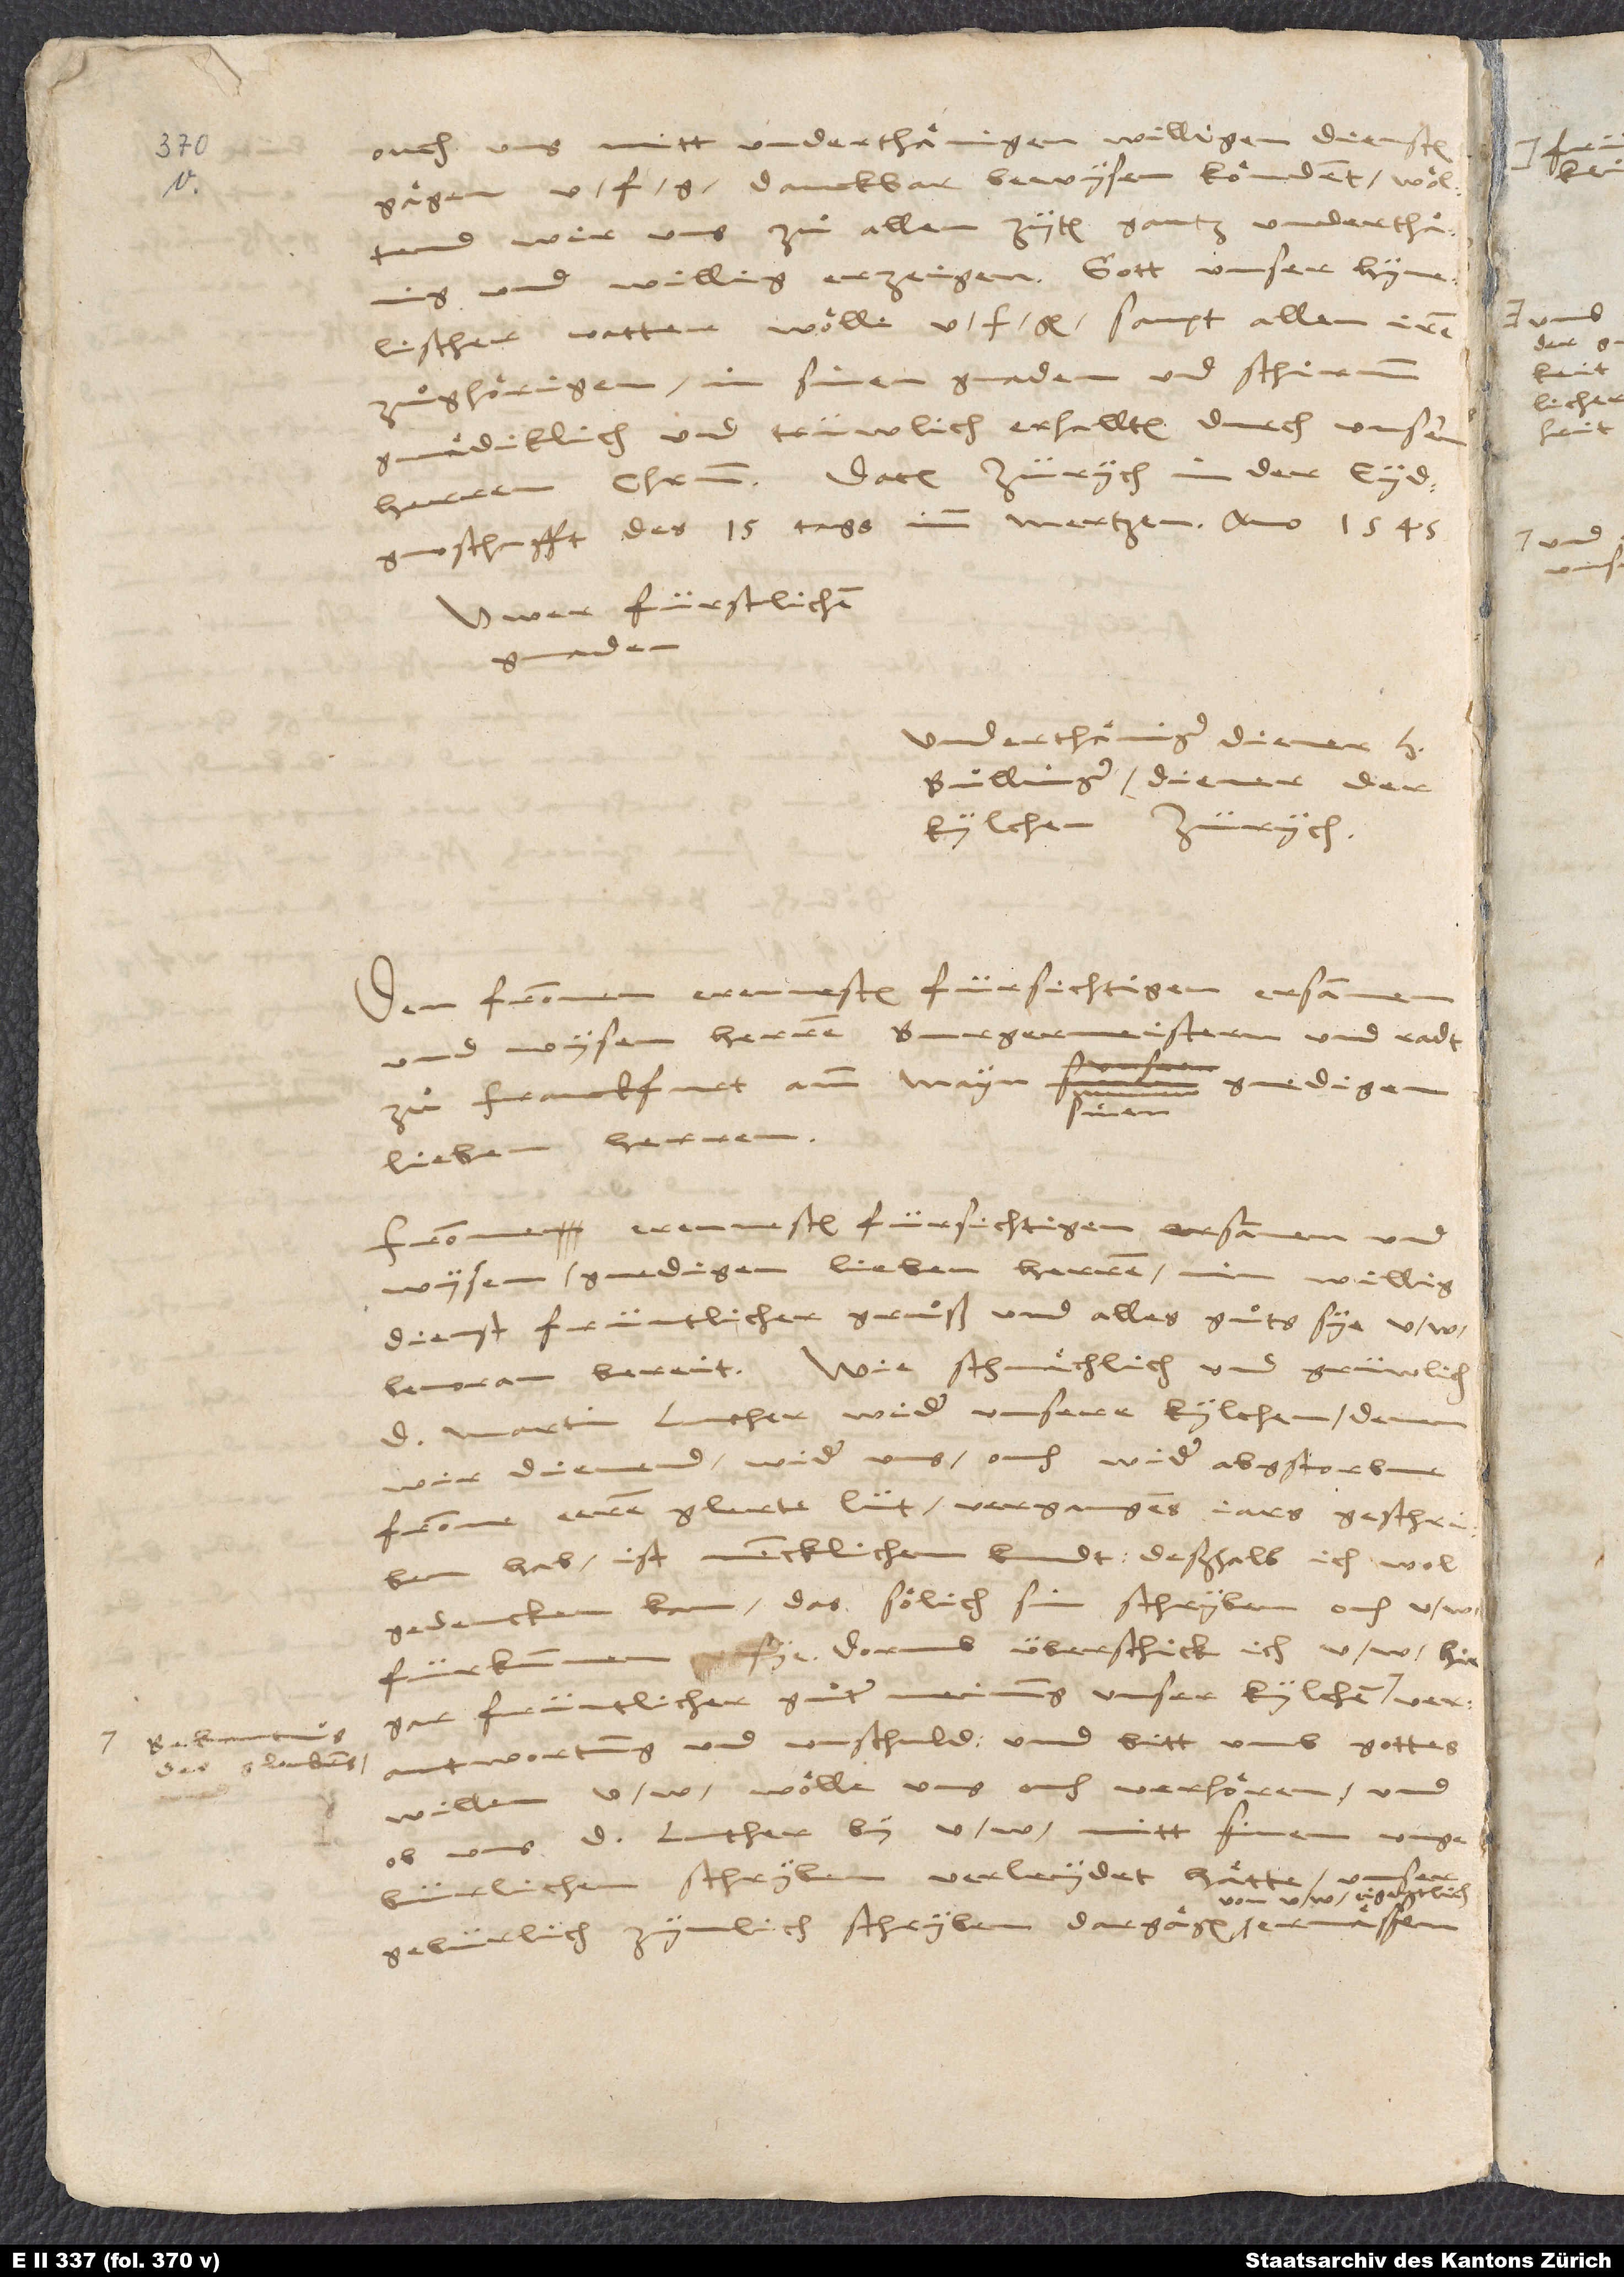
deß gloubens

ouch unns mit underthaͤnigen, willigen diensten
gaͤgen u. f. g. danckbar bewysen koͤndent, woͤltend
wir uns zuͦ allen zyten gantz unnderthaͤnig
hymelischer vatter, wolle u. f. g. sampt allen iren
zuͦghoͤrigen in sinen gnaden unnd schirm
gnaͤdigklich unnd trüwlich erhalten durch unnseren
eydgnosschafft, des 15. tags im mertzen anno 1545.
Uwer fürstlichen
gnaden
underthaͤniger diener H.
Bullinger, diener der
kilchen Zürich.

Christo